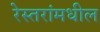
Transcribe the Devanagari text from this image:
रेस्तरांमधील